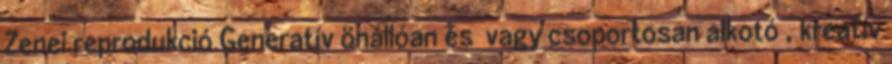
Zenei reprodukció Generatív önállóan és vagy csoportosan alkotó , kreatív